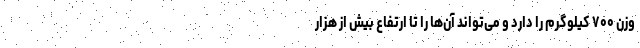
وزن ۷۰۰ کیلوگرم را دارد و می‌تواند آن‌ها را تا ارتفاع بیش از هزار